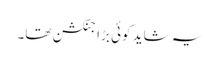
یہ شاید کوئی بڑا جنکشن تھا۔